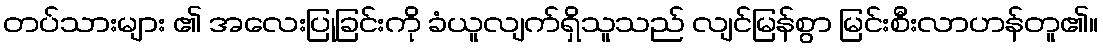
တပ်သားများ ၏ အလေးပြုခြင်းကို ခံယူလျက်ရှိသူသည် လျင်မြန်စွာ မြင်းစီးလာဟန်တူ၏။